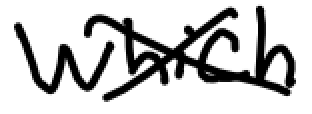
Text: which
Cross-out: mix
Writing tool: digital_black